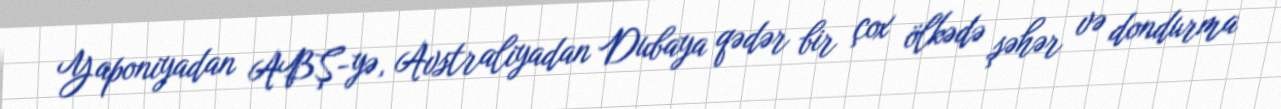
Yaponiyadan ABŞ-yə, Avstraliyadan Dubaya qədər bir çox ölkədə şəhər və dondurma